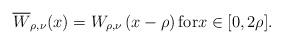
LaTeX: \begin{align*} \overline{W}_{\rho,\nu}(x)= W_{\rho,\nu}\left(x-\rho\right) \textup{for} x \in [0,2\rho].\end{align*}